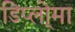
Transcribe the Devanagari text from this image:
डिप्लो्मा